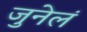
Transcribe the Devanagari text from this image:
जुनेलं